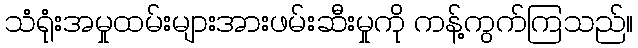
သံရုံးအမှုထမ်းများအားဖမ်းဆီးမှုကို ကန့်ကွက်ကြသည်။